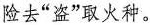
险去”盗”取火种。